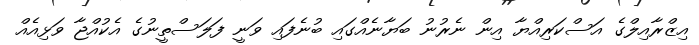
އިޒްރާއިލްގެ އަސްކަރިއްޔާ އިން ނެރުނު ބަޔާނެއްގައި ބުނެފައި ވަނީ ފަލަސްތީނުގެ އެކުއްޖާ ވަޅިއެއް